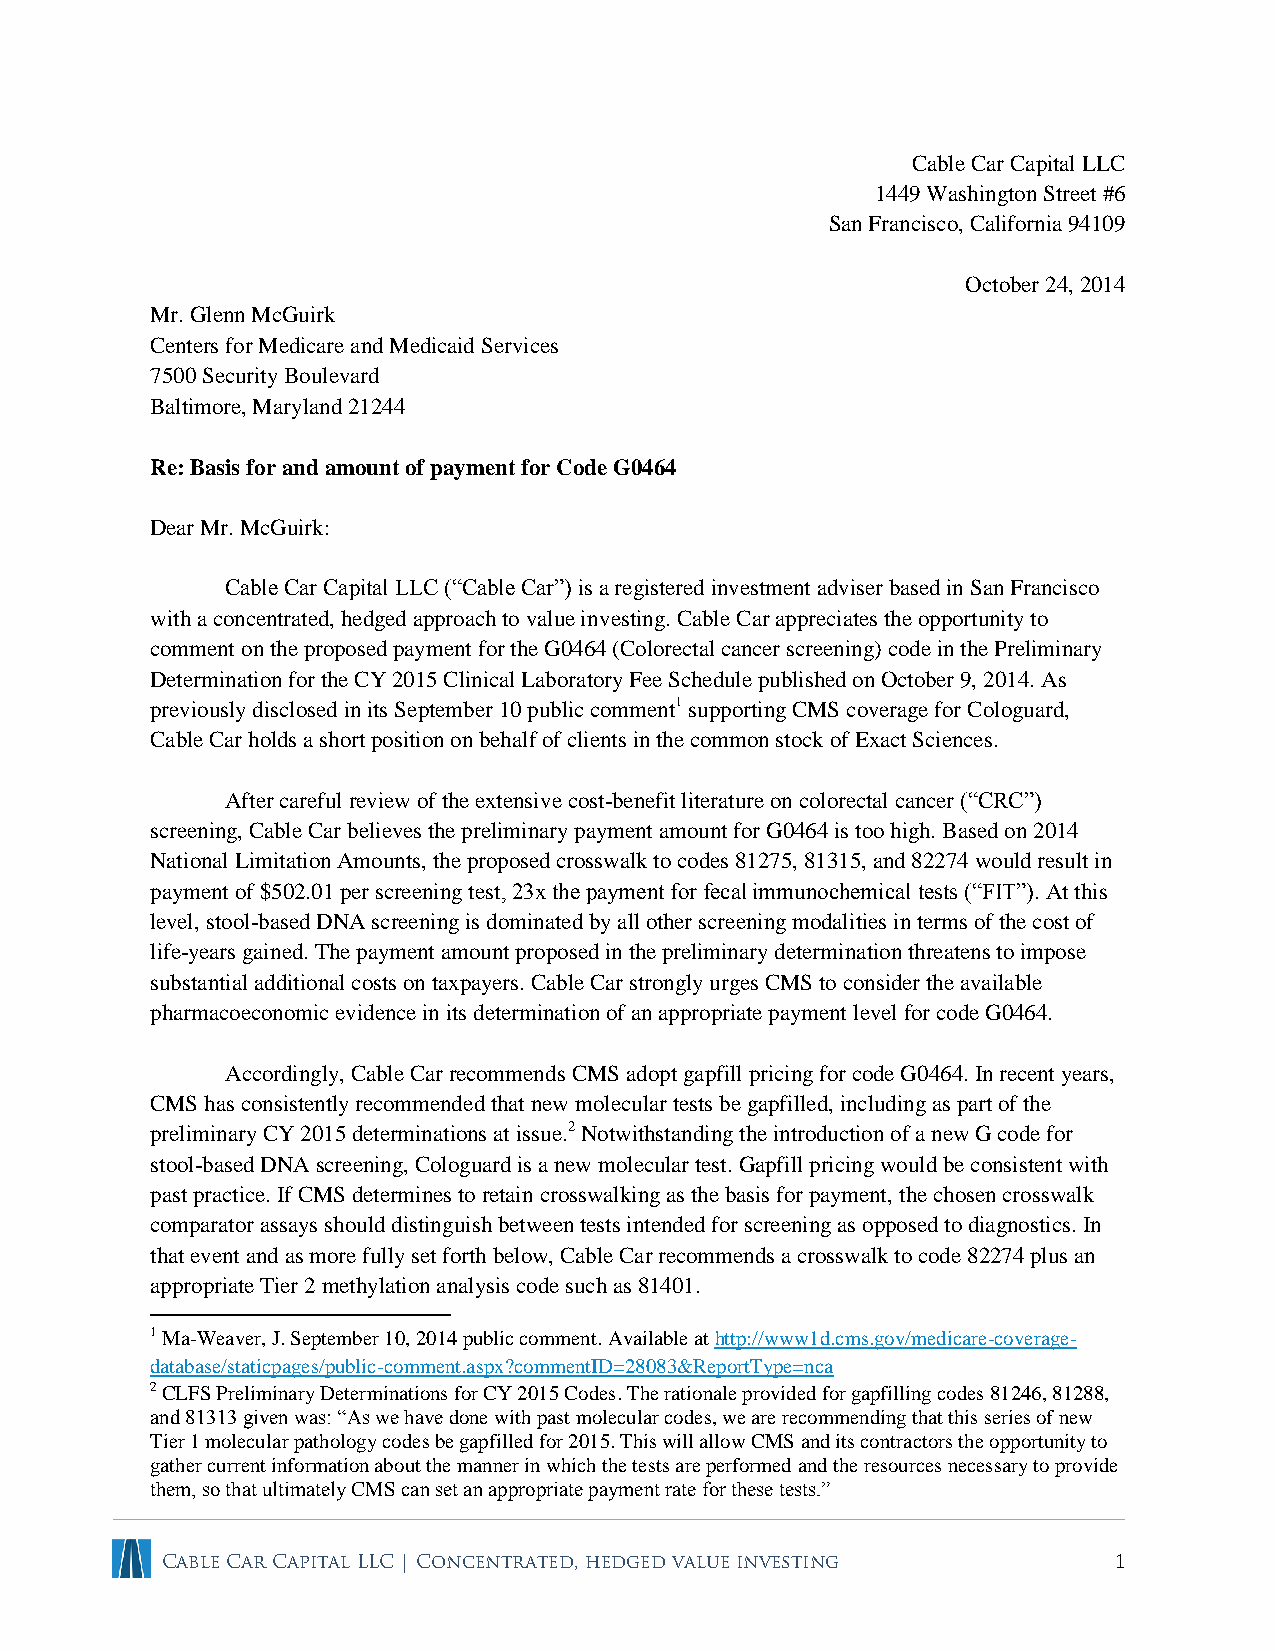
Cable Car Capital LLC
 1449 Washington Street #6
 San Francisco, California 94109
 October 24, 2014
 Mr. Glenn McGuirk
 Centers for Medicare and Medicaid Services
 7500 Security Boulevard
 Baltimore, Maryland 21244
 Re: Basis for and amount of payment for Code G0464
 Dear Mr. McGuirk:
 Cable Car Capital LLC (“Cable Car”) is a registered investment adviser based in San Francisco
 with a concentrated, hedged approach to value investing. Cable Car appreciates the opportunity to
 comment on the proposed payment for the G0464 (Colorectal cancer screening) code in the Preliminary
 Determination for the CY 2015 Clinical Laboratory Fee Schedule published on October 9, 2014. As
 previously disclosed in its September 10 public comment1 supporting CMS coverage for Cologuard,
 Cable Car holds a short position on behalf of clients in the common stock of Exact Sciences.
 After careful review of the extensive cost-benefit literature on colorectal cancer (“CRC”)
 screening, Cable Car believes the preliminary payment amount for G0464 is too high. Based on 2014
 National Limitation Amounts, the proposed crosswalk to codes 81275, 81315, and 82274 would result in
 payment of $502.01 per screening test, 23x the payment for fecal immunochemical tests (“FIT”). At this
 level, stool-based DNA screening is dominated by all other screening modalities in terms of the cost of
 life-years gained. The payment amount proposed in the preliminary determination threatens to impose
 substantial additional costs on taxpayers. Cable Car strongly urges CMS to consider the available
 pharmacoeconomic evidence in its determination of an appropriate payment level for code G0464.
 Accordingly, Cable Car recommends CMS adopt gapfill pricing for code G0464. In recent years,
 CMS has consistently recommended that new molecular tests be gapfilled, including as part of the
 preliminary CY 2015 determinations at issue.2 Notwithstanding the introduction of a new G code for
 stool-based DNA screening, Cologuard is a new molecular test. Gapfill pricing would be consistent with
 past practice. If CMS determines to retain crosswalking as the basis for payment, the chosen crosswalk
 comparator assays should distinguish between tests intended for screening as opposed to diagnostics. In
 that event and as more fully set forth below, Cable Car recommends a crosswalk to code 82274 plus an
 appropriate Tier 2 methylation analysis code such as 81401.
 1 Ma-Weaver, J. September 10, 2014 public comment. Available at http://www1d.cms.gov/medicare-coverage-
 database/staticpages/public-comment.aspx?commentID=28083&ReportType=nca
 2 CLFS Preliminary Determinations for CY 2015 Codes. The rationale provided for gapfilling codes 81246, 81288,
 and 81313 given was: “As we have done with past molecular codes, we are recommending that this series of new
 Tier 1 molecular pathology codes be gapfilled for 2015. This will allow CMS and its contractors the opportunity to
 gather current information about the manner in which the tests are performed and the resources necessary to provide
 them, so that ultimately CMS can set an appropriate payment rate for these tests.”
 Cable Car Capital LLC | Concentrated, hedged value investing   1